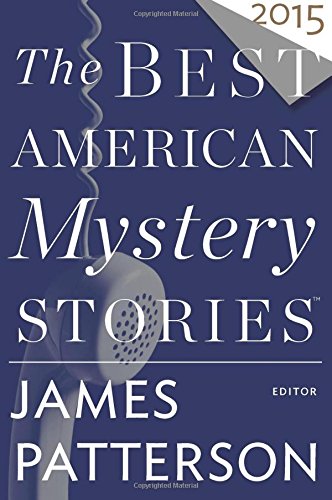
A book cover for The Best American Mystery Stories 2015; Mystery, Thriller & Suspense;